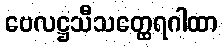
ဗေလဋ္ဌသီသတ္ထေရဂါထာ